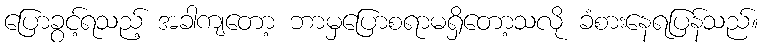
ပြောခွင့်ရသည့် အခါကျတော့ ဘာမှပြောစရာမရှိတော့သလို ခံစားနေရပြန်သည်။